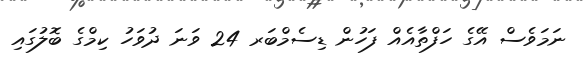
ނަމަވެސް އޭގެ ހަފްތާއެއް ފަހުން ޑިސެމްބަރ 24 ވަނަ ދުވަހު ކިމްގެ ބޮލުގައި